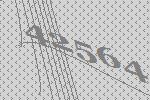
42564